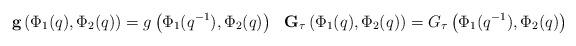
LaTeX: \begin{align*} \textbf{g}\left(\Phi_1(q), \Phi_2(q)\right) = g\left(\Phi_1(q^{-1}), \Phi_2(q)\right) && \textbf{G}_\tau\left(\Phi_1(q), \Phi_2(q)\right) = G_\tau \left(\Phi_1(q^{-1}), \Phi_2(q)\right) \end{align*}